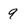
Character: 9